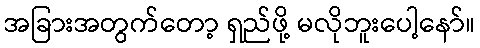
အခြားအတွက်တော့ ရှည်ဖို့ မလိုဘူးပေါ့နော်။